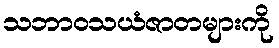
သဘာဝသယံဇာတများကို